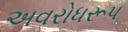
અવરોધરૂપ